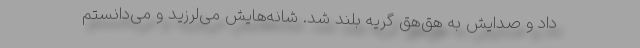
داد و صدایش به هق‌هق گریه بلند شد. شانه‌هایش می‌لرزید و می‌دانستم